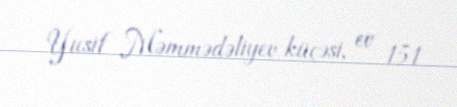
Yusif Məmmədəliyev küçəsi, ev 151